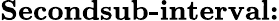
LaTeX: \textbf{Secondsub-interval:}